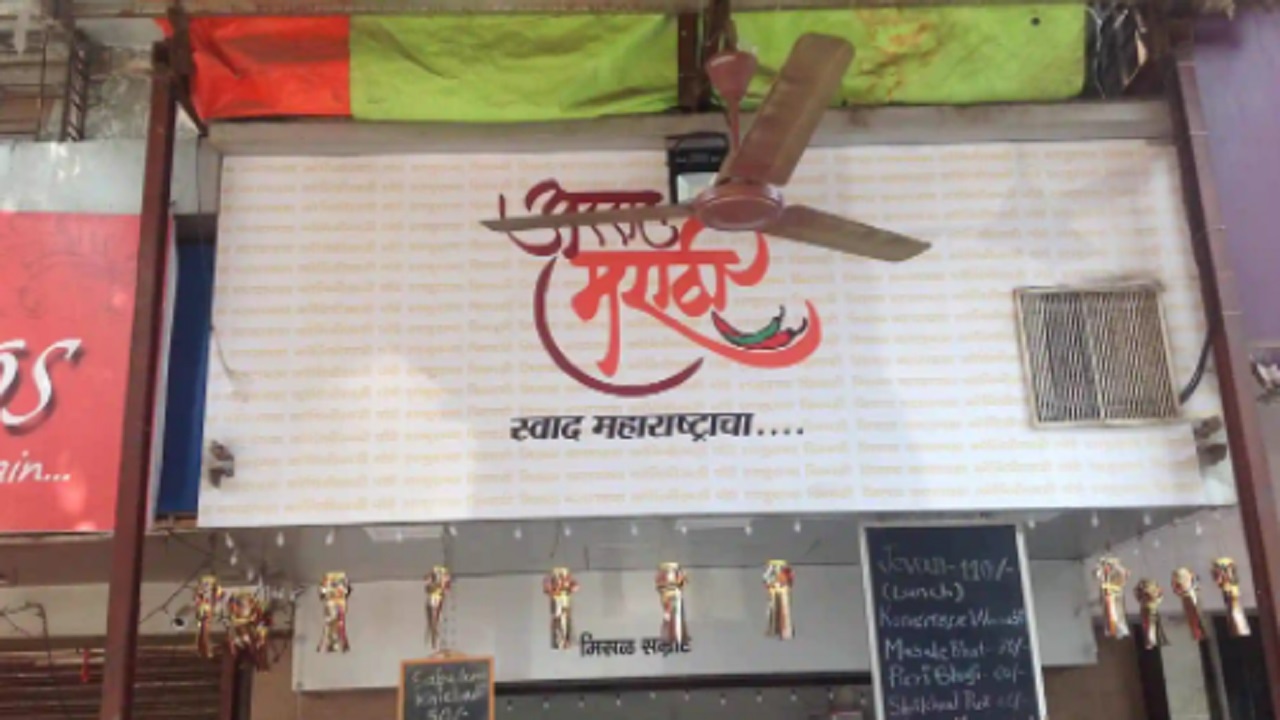
Language: marathi
Transcription: स्वाद महाराष्ट्राचा मराठा मिसळ